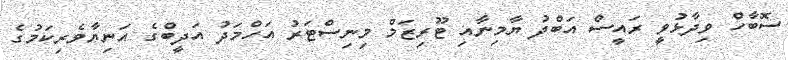
ސޮބާހް ވިދާޅުވީ ރައީސް އަބްދު ޔާމިނާއި ޓޫރިޒަމް މިނިސްޓަރު އަހްމަދު އަދީބްގެ އަނިޔާވެރިކަމުގެ